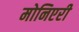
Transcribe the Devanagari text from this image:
मोनिएरी